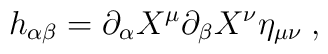
h_{\alpha \beta } =\partial _{\alpha }X^{\mu }\partial _{\beta}X^{\nu}\eta_{\mu \nu }\;,